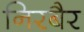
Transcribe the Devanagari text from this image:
निरबैर